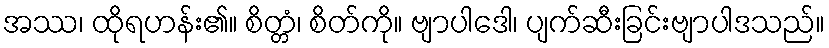
အဿ၊ ထိုရဟန်း၏။ စိတ္တံ၊ စိတ်ကို။ ဗျာပါဒေါ၊ ပျက်ဆီးခြင်းဗျာပါဒသည်။